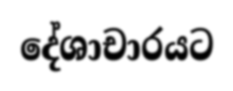
දේශාචාරයට